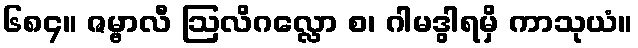
၆၈၄။ ဇမ္ဗာလီ ဩလိဂလ္လော စ၊ ဂါမဒွါရမှိ ကာသုယံ။